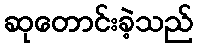
ဆုတောင်းခဲ့သည်